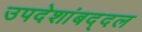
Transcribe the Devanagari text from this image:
उपदेशांबद्दल